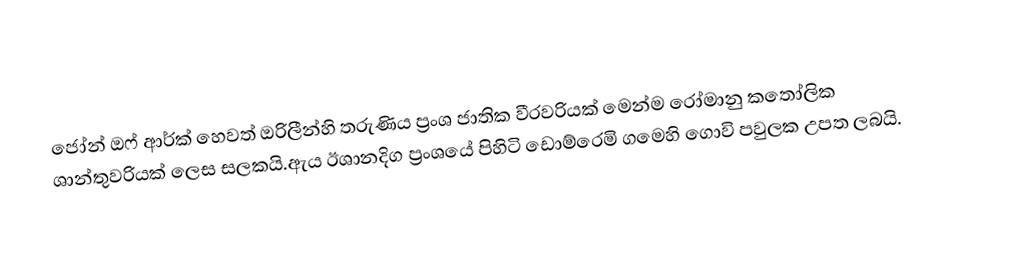
ජෝන් ඔෆ් ආර්ක් හෙවත් ඔරිලීන්හි තරුණිය ප්‍රංශ ජාතික වීරවරියක් මෙන්ම රෝමානු කතෝලික ශාන්තුවරියක් ලෙස සලකයි.ඇය ඊශානදිග ප්‍රංශයේ පිහිටි ඩොම්රෙමි ගමෙහි ගොවි පවුලක උපත ලබයි.